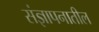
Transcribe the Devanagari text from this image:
संज्ञापनातील